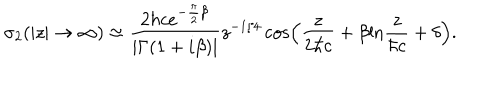
{ \sigma } _ { 2 } ( | z | \to \infty ) \approx \frac { 2 { \hbar } c e ^ { - \frac { \pi } { 2 } { \beta } } } { | { \Gamma } ( 1 + i { \beta } ) | } z ^ { - 1 / 4 } \cos \left( \frac { z } { 2 { \hbar } c } + \beta \mathrm { l n } \frac { z } { { \hbar } c } + \delta \right) .